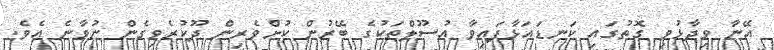
އޭނާ ވިދާޅުވި ގޮތުގައި ކަނޑައަޅާފައިވާ އުސޫލްތަކުގެ ބޭރުން ކުށްވެރިން ދޫކުރެވިގެން ނުވާނެ އެވެ.